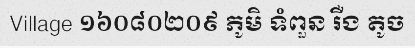
Village ១៦០៨០២០៩ ភូមិ ទំពួន រឺង តូច